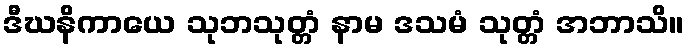
ဒီဃနိကာယေ သုဘသုတ္တံ နာမ ဒသမံ သုတ္တံ အဘာသိ။